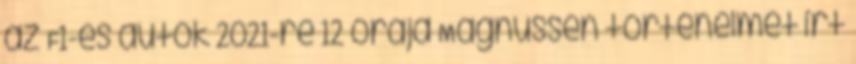
az F1-es autók 2021-re 12 órája Magnussen történelmet írt